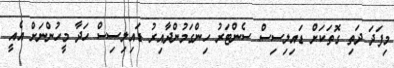
މިފަދަ ދަތި ގޮތަކަށް ޑައިލިސިސް ސެންޓަރު ހިންގަމުންދާއިރު ޑައިލިސިސް ހަދާ މީހުންނަށް އެއީ